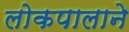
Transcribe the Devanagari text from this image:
लोकपालाने